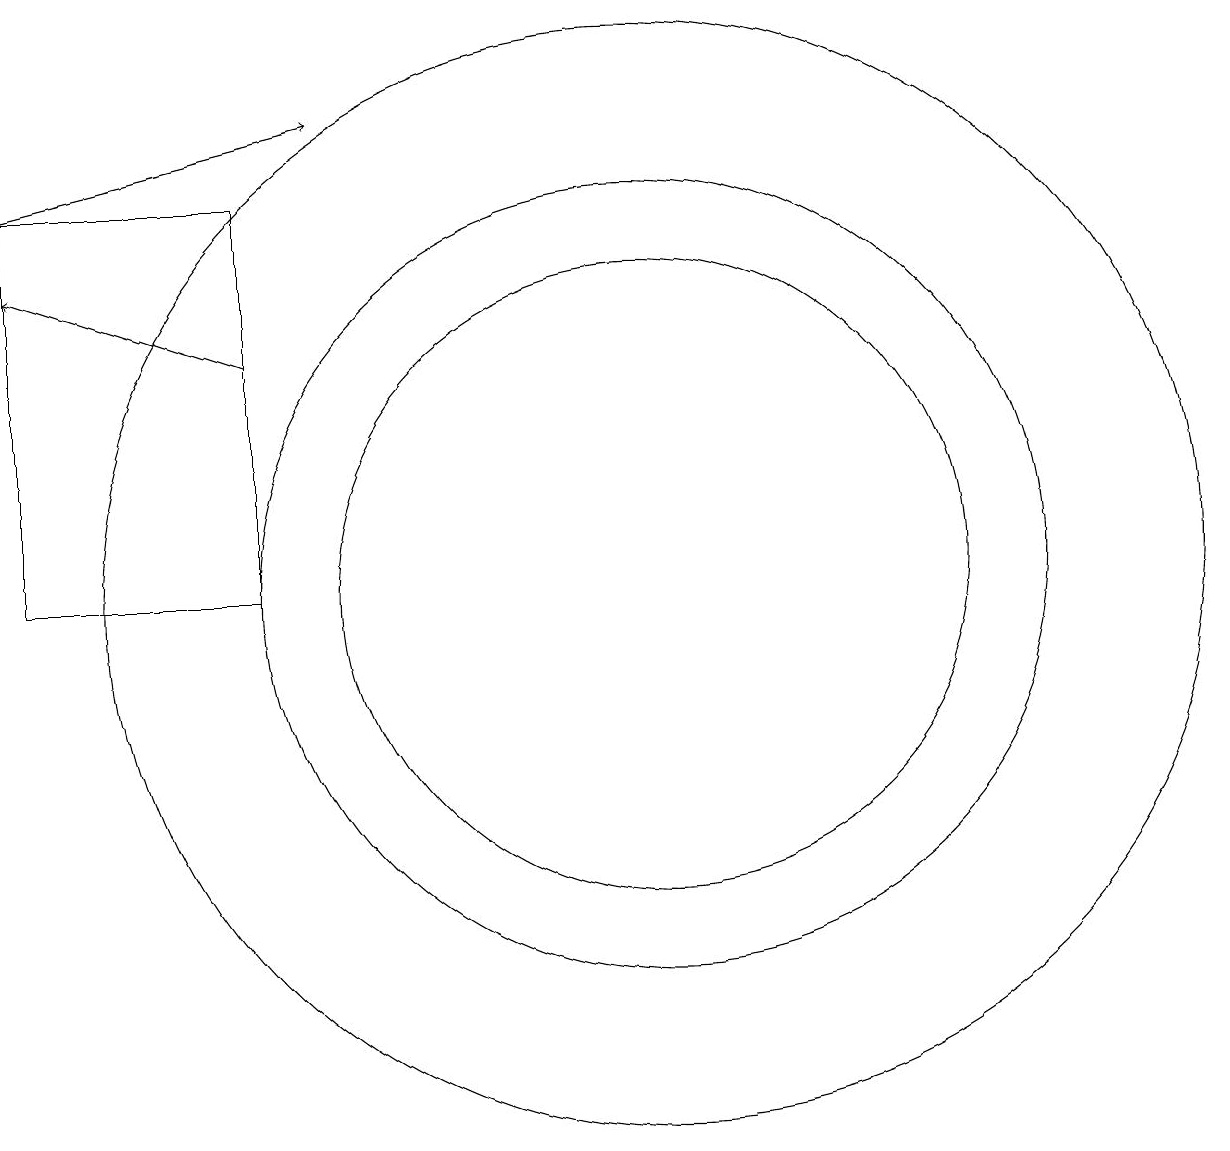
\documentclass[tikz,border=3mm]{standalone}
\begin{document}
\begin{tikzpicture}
\draw[->] (2,15) -- (6,16);
\draw (10,10) circle (4);
\draw (10,10) circle (7);
\draw (10,10) circle (5);
\draw[->] (5,13) -- (2,14);
\draw (5,15) rectangle (2,10);
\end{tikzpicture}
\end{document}